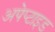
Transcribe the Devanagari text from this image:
अपेप्टाइड